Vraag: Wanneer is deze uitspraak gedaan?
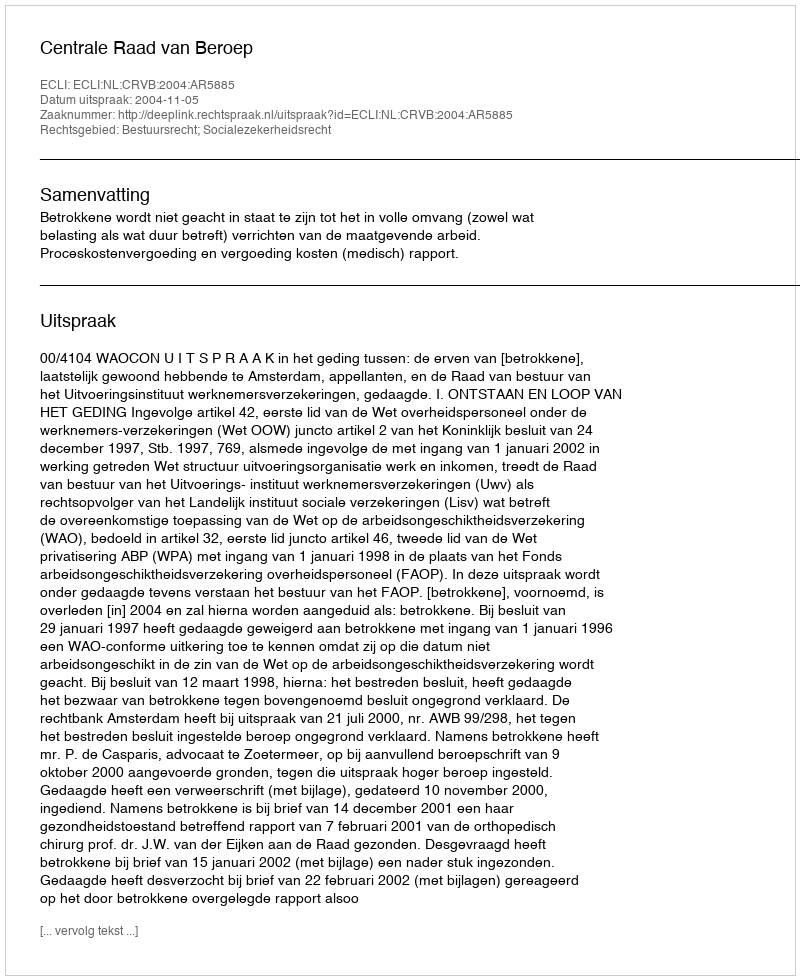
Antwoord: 2004-11-05